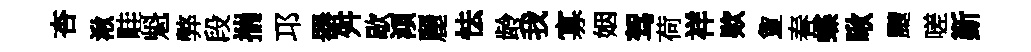
杏湫畦魁弊段揣邛器舛歇澒麗怯龄我寡姻驾荷祥欵夐春蝶啾颼嗟斳